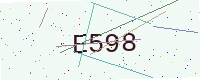
Text: E598